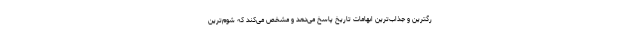
رگترین و جذاب‌ترین ابهامات تاریخ پاسخ می‌دهد و مشخص می‌کند که شوم‌ترین